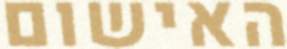
האישום